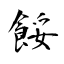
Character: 餒